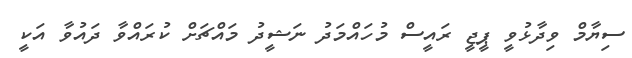
ސިޔާމް ވިދާޅުވީ ޕީޖީ ރައީސް މުހައްމަދު ނަޝީދު މައްޗަށް ކުރައްވާ ދައުވާ އަކީ